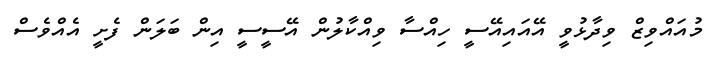
މުއައްވިޒް ވިދާޅުވީ އޭއައިއޭސީ ހިއްސާ ވިއްކާލުން އޭސީސީ އިން ބަލަން ފެށީ އެއްވެސް